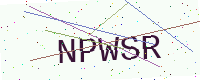
Text: NPWSR